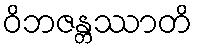
ဝိဘဇန္တဿာတိ